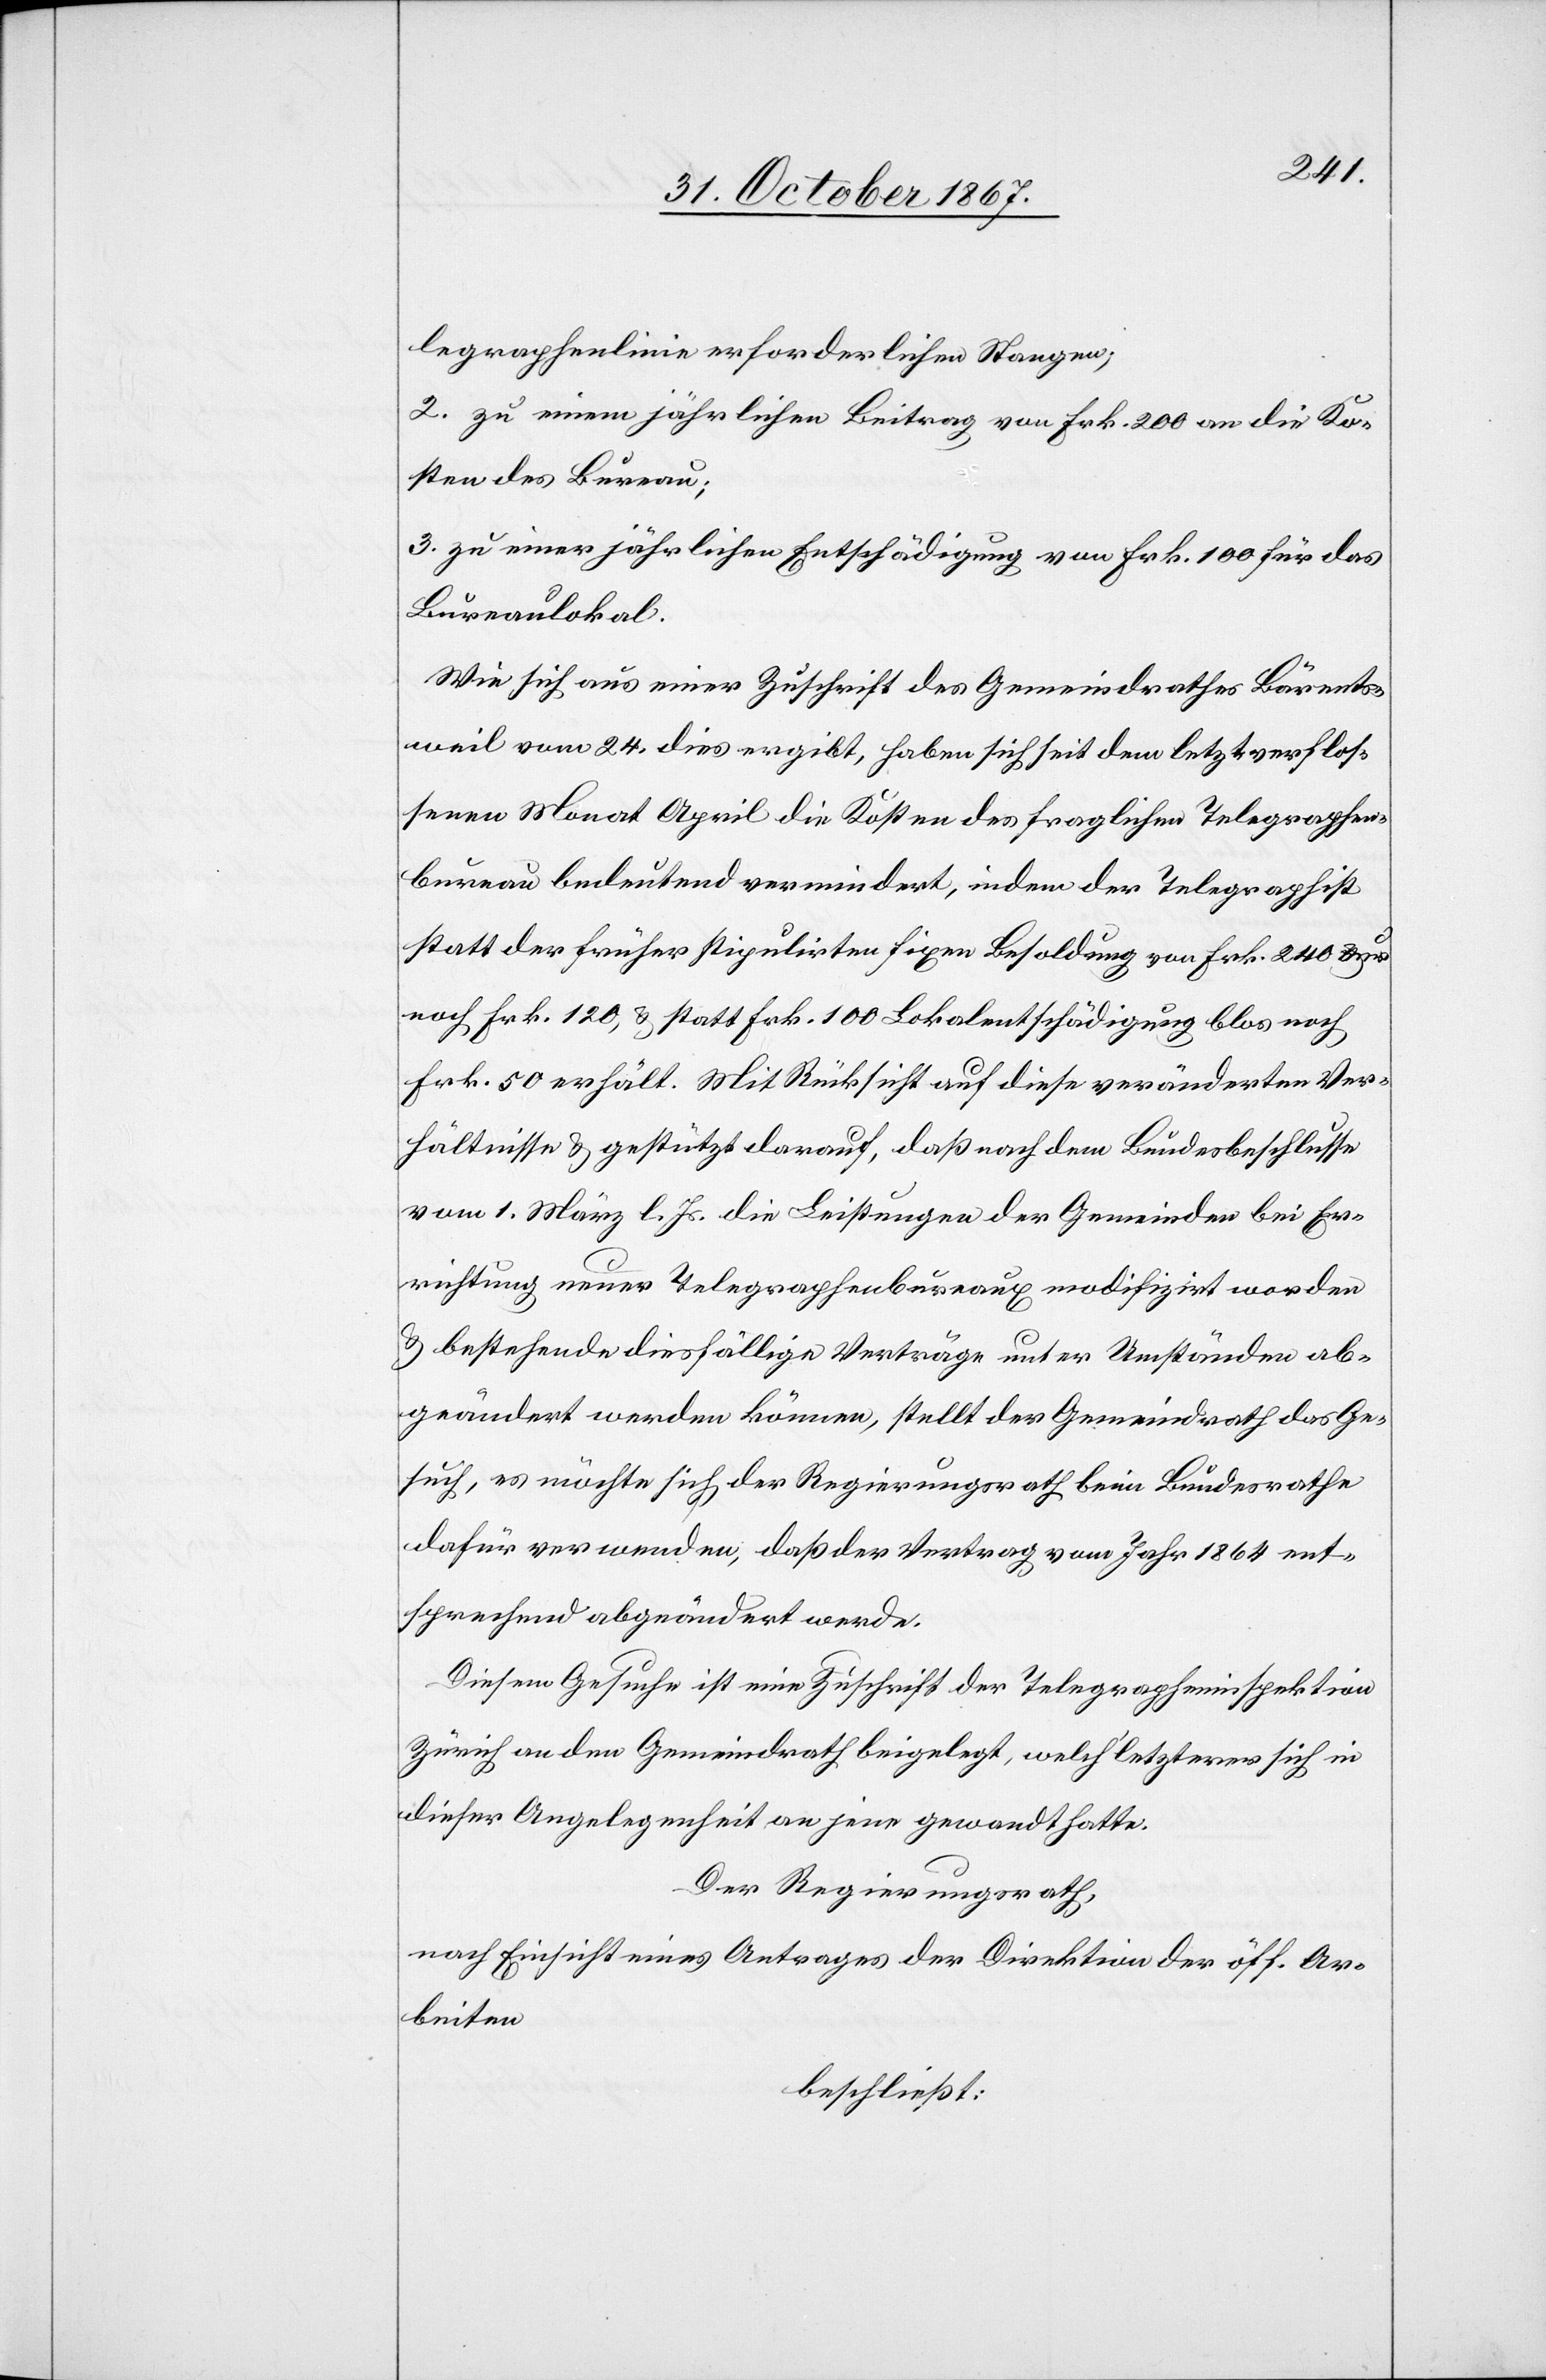
legraphenlinie erforderlichen Stangen;
2. zu einem jährlichen Beitrag von Frk. 200 an die Ko¬
sten des Bureau;
3. zu einer jährlichen Entschädigung von Frk. 100 für das
Bureaulokal.
Wie sich aus einer Zuschrift des Gemeindrathes Bärents¬
weil vom 24. dies ergibt, haben sich seit dem letztverflos¬
senen Monat April die Kosten des fraglichen Telegraphen¬
bureau bedeutend vermindert, indem der Telegraphist
statt der früher stipulirten Besoldung von Frk. 240 nur
noch Frk. 120, u. statt Frk. 100 Lokalentschädigung blos noch
Frk. 50 erhält. Mit Rücksicht auf diese veränderten Ver¬
hältnisse u. gestützt darauf, daß nach dem Bundesbeschlusse
vom 1. März l. Js. die Leistungen der Gemeinden bei Er¬
richtung neuer Telegraphenbureaus modifizirt worden
u. bestehende diesfällige Verträge unter Umständen ab¬
geändert werden können, stellt der Gemeindrath das Ge¬
such, es möchte sich der Regierungsrath beim Bundesrathe
dafür verwenden, daß der Vertrag vom Jahr 1864 ent¬
sprechend abgeändert werde.
Diesem Gesuche ist eine Zuschrift der Telegrapheninspektion
Zürich an den Gemeindrath beigelegt, welch‘ letzterer sich in
dieser Angelegenheit an jene gewandt hatte.
Der Regierungsrath,
nach Einsicht eines Antrages der Direktion der öff. Ar¬
beiten,
beschließt: